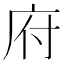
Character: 府